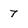
Character: 7